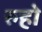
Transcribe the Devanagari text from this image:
रुहो